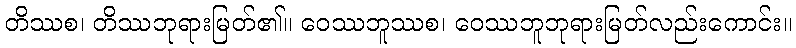
တိဿစ၊ တိဿဘုရားမြတ်၏။ ဝေဿဘူဿစ၊ ဝေဿဘူဘုရားမြတ်လည်းကောင်း။